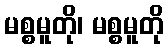
မစ္စမူတို၊ မစ္စမူတို